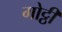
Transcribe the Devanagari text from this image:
गोट्ठी